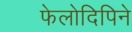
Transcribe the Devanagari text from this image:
फेलोदिपिने